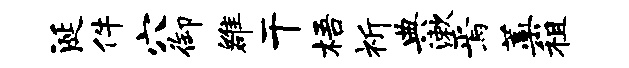
涎件穴御雒干梧祈典漱焉蒿租